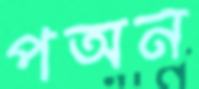
পঅন